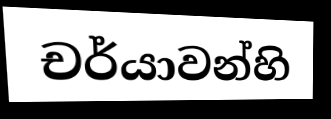
චර්යාවන්හි